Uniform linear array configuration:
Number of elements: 64
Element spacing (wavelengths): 0.5
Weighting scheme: hann
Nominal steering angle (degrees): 45
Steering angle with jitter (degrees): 46.679
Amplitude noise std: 0.05
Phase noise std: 0.05

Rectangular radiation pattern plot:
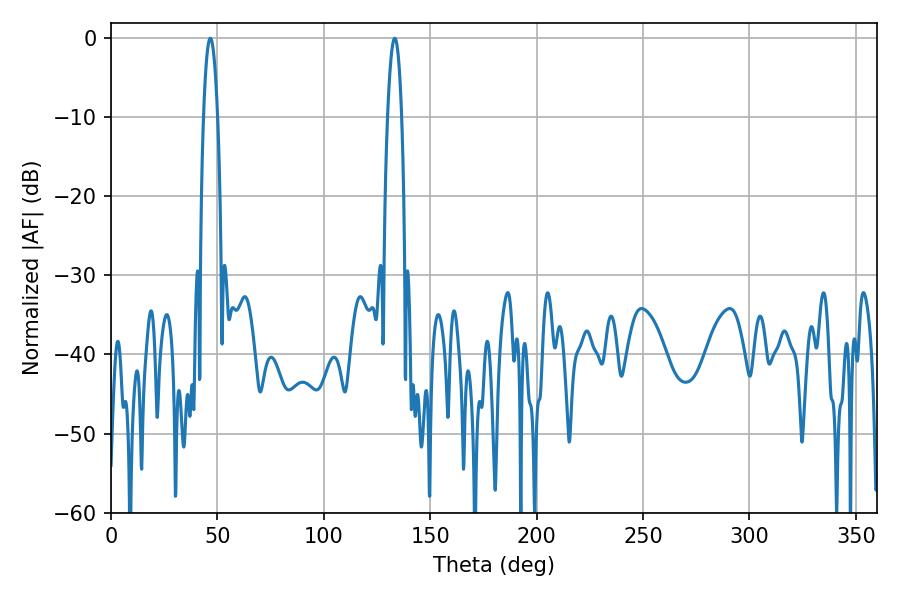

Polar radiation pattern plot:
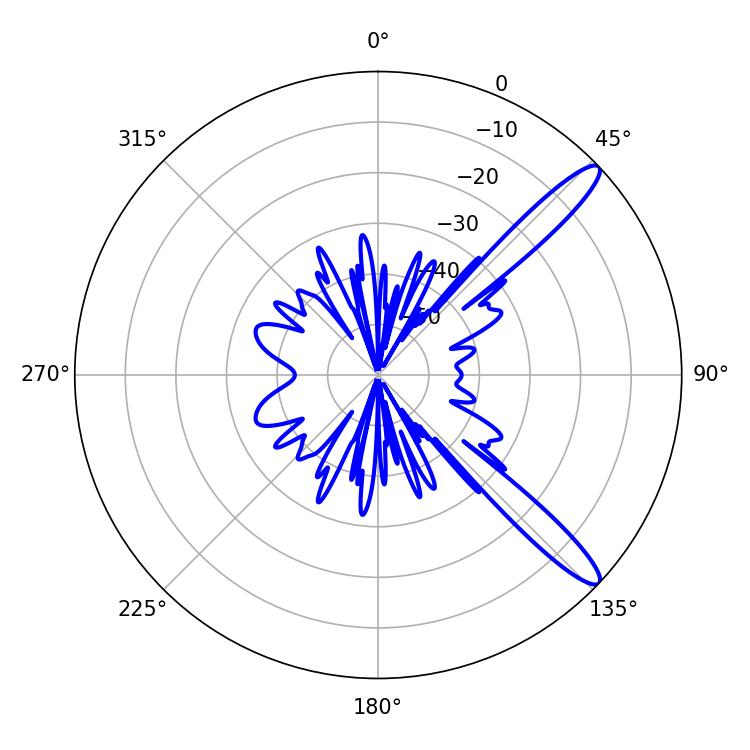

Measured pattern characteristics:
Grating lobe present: FALSE
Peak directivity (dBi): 12.975
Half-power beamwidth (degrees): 3.78
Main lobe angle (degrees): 46.62